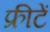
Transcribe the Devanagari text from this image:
फ्रीटें